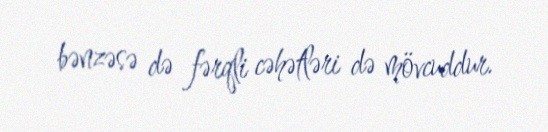
bənzəsə də fərqli cəhətləri də mövcuddur.